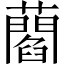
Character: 𧂄